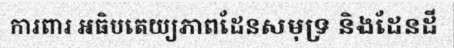
ការពារ អធិបតេយ្យភាពដែនសមុទ្រ និងដែនដី